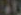
40